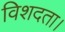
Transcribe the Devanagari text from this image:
विशदता।